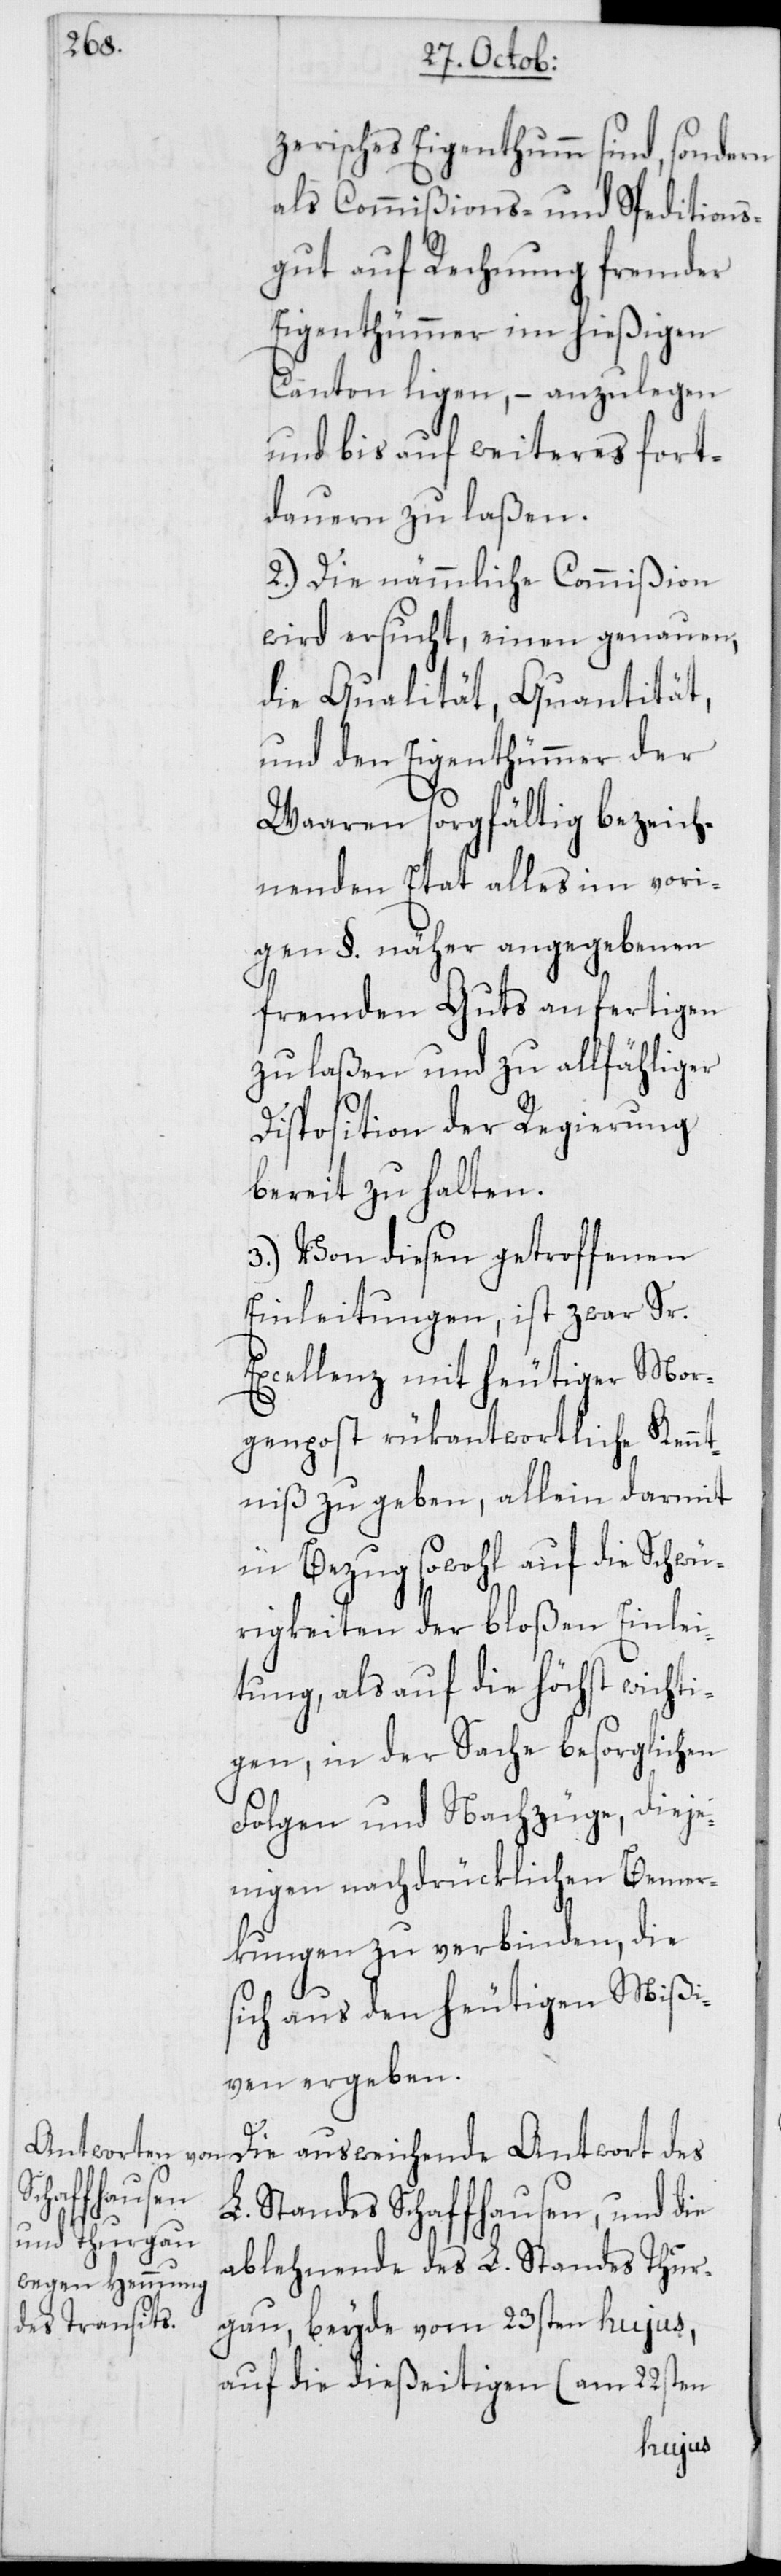
zerisches Eigenthumm sind, sondern
als Commißions- und Speditions¬
gut auf Rechnung fremder
Eigenthümmer im hießigen
Canton ligen, – anzulegen
und bis auf weiteres fort¬
dauern zu laßen.
2. Die nämmliche Commißion
wird ersucht, einen genauen,
die Qualität, Quantität,
und den Eigenthümmer der
Waaren sorgfältig bezeich¬
nenden Etat alles im vori¬
gen §. näher angegebenen
fremden Guts anfertigen
zu laßen und zu allfähliger
Disposition der Regierung
bereit zu halten.
3. Von diesen getroffenen
Einleitungen, ist zwar Sr.
Excellenz mit heutiger Mor¬
genpost rükantwortliche Kennt¬
niß zu geben, allein darmit
in Bezug sowohl auf die Schwü¬
rigkeiten der bloßen Einlei¬
tung, als auf die höchst wichti¬
gen, in der Sache besorglichen
Folgen und Nachzüge, dieje¬
nigen nachdrücklichen Bemer¬
kungen zu verbinden, die
sich aus den heutigen Mißi¬
ven ergeben.
Die ausweichende Antwort des
L. Standes Schaffhausen, und die
ablehnende des L. Standes Thur¬
gau, beyde vom 23sten hujus,
auf die dießeitigen (am 22sten